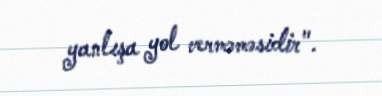
yanlışa yol verməməsidir".